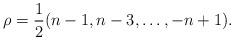
LaTeX: \begin{align*} \rho = \frac{1}{2}(n-1, n-3, \dots, -n+1). \end{align*}